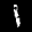
Label: 1